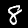
Digit: 8